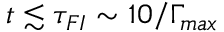
t \lesssim \tau _ { F I } \sim 1 0 / \Gamma _ { m a x }